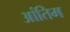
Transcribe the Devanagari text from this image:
आंतिम